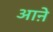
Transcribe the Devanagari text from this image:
आऩे